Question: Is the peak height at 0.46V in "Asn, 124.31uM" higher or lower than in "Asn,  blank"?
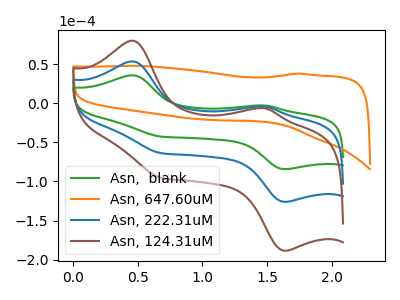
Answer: <think>The green curve "Asn,  blank" has anodic peaks at (0.45V, 35.70uA) (1.50V, -2.95uA) and cathodic peaks at (1.65V, -84.25uA) (0.70V, -42.60uA). The orange curve "Asn, 647.60uM" has no peaks. The blue curve "Asn, 222.31uM" has anodic peaks at (0.45V, 53.40uA) (1.50V, -4.45uA) and cathodic peaks at (1.65V, -126.00uA) (0.70V, -63.70uA). The brown curve "Asn, 124.31uM" has anodic peaks at (0.45V, 106.80uA) (1.50V, -8.90uA) and cathodic peaks at (1.65V, -252.00uA) (0.70V, -127.35uA).</think>
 <answer>The peak at 0.46V is higher in "Asn, 124.31uM" than in "Asn,  blank".</answer>
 <eval>higher</eval>